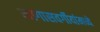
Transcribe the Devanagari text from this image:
मागासवर्गीयांमध्ये